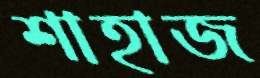
শাহাজ